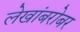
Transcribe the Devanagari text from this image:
लेखांबरोबर